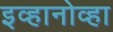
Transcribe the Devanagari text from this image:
इव्हानोव्हा